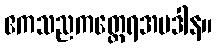
ဧကသညကတ္ထေရအပဒါန။